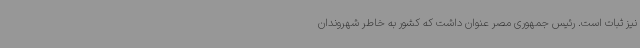
نیز ثبات است. رئیس جمهوری مصر عنوان داشت که کشور به خاطر شهروندان